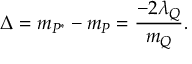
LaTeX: \Delta = m _ { P ^ { * } } - m _ { P } = { \frac { - 2 \lambda _ { Q } } { m _ { Q } } } .